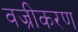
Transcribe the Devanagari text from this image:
वज्रीकरण